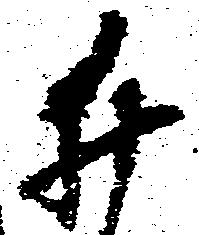
井